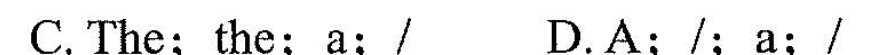
C. The; the;a;. D.A;/;a;/